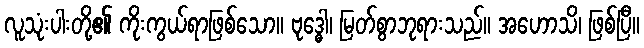
လူသုံးပါးတို့၏ ကိုးကွယ်ရာဖြစ်သော။ ဗုဒ္ဓေါ၊ မြတ်စွာဘုရားသည်။ အဟောသိ၊ ဖြစ်ပြီ။